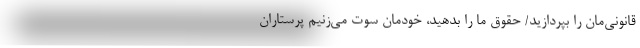
قانونی‌مان را بپردازید/ حقوق ما را بدهید، خودمان سوت می‌زنیم پرستاران